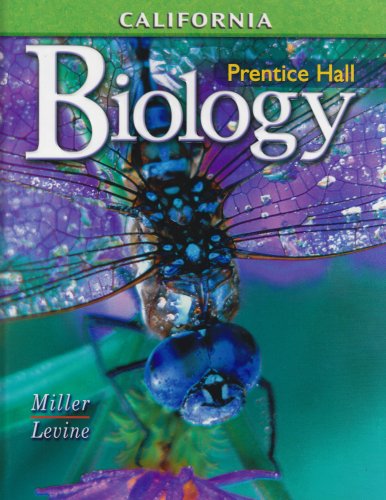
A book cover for Biology: California Edition; Kenneth R. Miller; Teen & Young Adult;